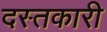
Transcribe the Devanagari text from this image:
दस्‍तकारी